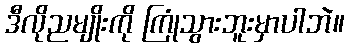
ဒီလိုညမျိုးကို ကြုံသွားဘူးမှာပါဘဲ။